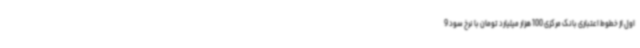
اول از خطوط اعتباری بانک مرکزی 100 هزار میلیارد تومان با نرخ سود 9